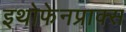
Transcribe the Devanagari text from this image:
इथोफेनप्राक्‍स